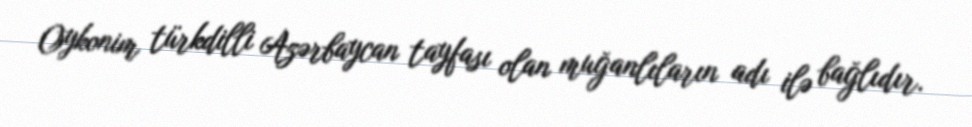
Oykonim türkdilli Azərbaycan tayfası olan muğanlıların adı ilə bağlıdır.